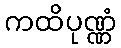
ကထိပုဏ္ဏံ